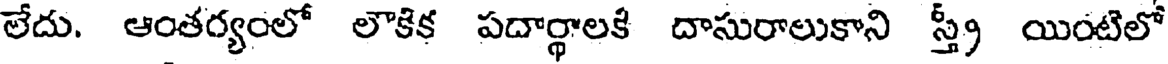
లేదు. ఆంతర్యంలో లౌకిక పదార్థాలకి దాసురాలుకాని స్త్రీ యింటిలో